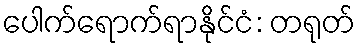
ပေါက်ရောက်ရာနိုင်ငံ: တရုတ်